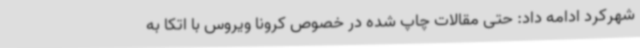
شهرکرد ادامه داد: حتی مقالات چاپ شده در خصوص کرونا ویروس با اتکا به